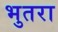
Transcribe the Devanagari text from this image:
भुतरा